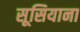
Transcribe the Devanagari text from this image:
सूसियाना